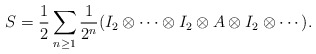
\begin{align*}S = \frac{1}{2} \sum_{n\geq 1} \frac{1}{2^n} (I_2 \otimes \cdots \otimes I_2 \otimes A \otimes I_2 \otimes \cdots).\end{align*}